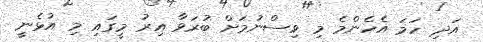
އަދި ހަމަ އެހެންމެ މި ވިސްނުމަށް ބުރަވާ އިރު މީގައި މި އުޅެނީ